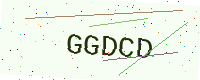
Text: GGDCD